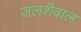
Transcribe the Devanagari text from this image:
जलशैवाल